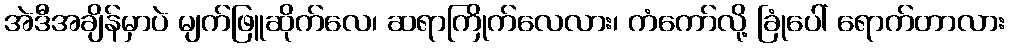
အဲဒီအချိန်မှာပဲ မျက်ဖြူဆိုက်လေ၊ ဆရာကြိုက်လေလား၊ ကံကော်လို့ ခြုံပေါ် ရောက်တာလား